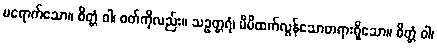
မရောက်သော။ စိတ္တံ ဝါ၊ စတ်ကိုလည်း။ သဥတ္တရံ၊ မိမိထက်လွန်သောတရားရှိသော။ စိတ္တံ ဝါ၊